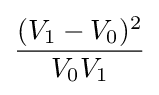
{\frac {(V_{1}-V_{0})^{2}}{V_{0}V_{1}}}